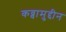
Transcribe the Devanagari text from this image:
कव्वामुद्दीन